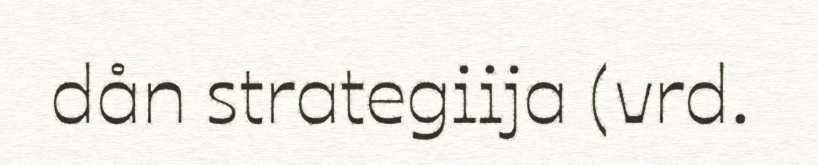
dån strategiija (vrd.